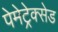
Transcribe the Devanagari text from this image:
पेमेट्रेक्सेड